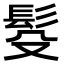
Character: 䯴